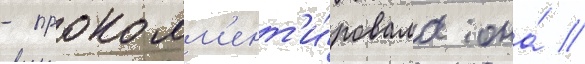
- прокомм'ент'и́ровала она́ //